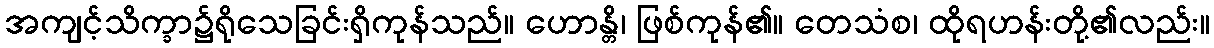
အကျင့်သိက္ခာ၌ရိုသေခြင်းရှိကုန်သည်။ ဟောန္တိ၊ ဖြစ်ကုန်၏။ တေသံစ၊ ထိုရဟန်းတို့၏လည်း။